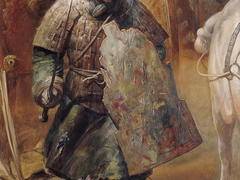
床空委清尘，室虚来悲风。